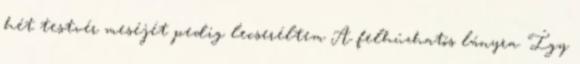
hét testvér meséjét pedig lecseréltem A felhúzhatós lányra. Így